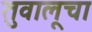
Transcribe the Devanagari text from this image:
तुवालूचा